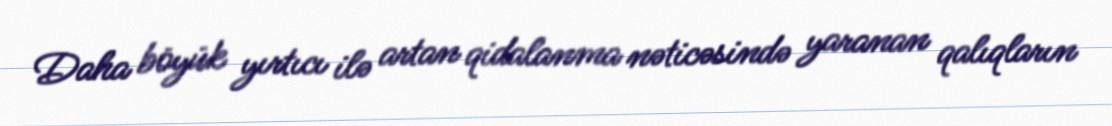
Daha böyük yırtıcı ilə artan qidalanma nəticəsində yaranan qalıqların